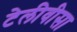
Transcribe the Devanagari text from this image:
टेलीवीसा